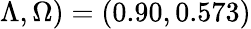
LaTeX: \Lambda,\Omega)=(0.90,0.573)